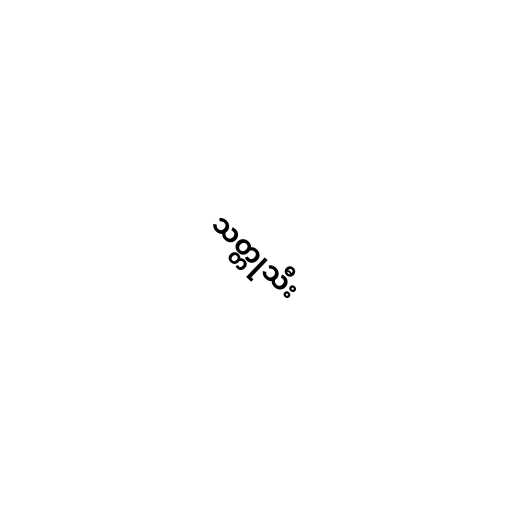
သတ္တုသီး